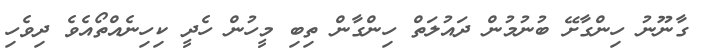
ގާނޫނު ހިންގާށޭ ބުނުމުން ދައުލަތް ހިންގާން ތިބި މީހުން ހެދީ ކިހިނެއްތޯއެވެ ދިވެހި